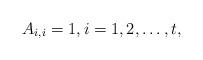
LaTeX: \begin{align*} A_{i,i}=1, i=1,2,\dots, t, \end{align*}